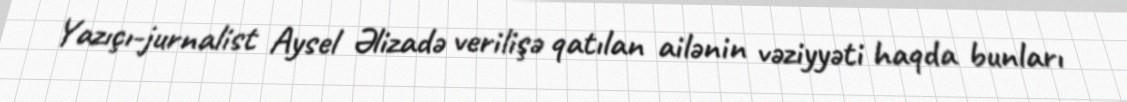
Yazıçı-jurnalist Aysel Əlizadə verilişə qatılan ailənin vəziyyəti haqda bunları